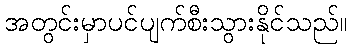
အတွင်းမှာပင်ပျက်စီးသွားနိုင်သည်။